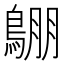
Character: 𪂙